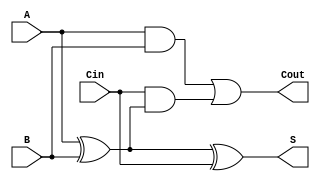
module full_adder (
    input wire A,      // First binary input
    input wire B,      // Second binary input
    input wire Cin,    // Carry-in input
    output wire S,     // Sum output
    output wire Cout    // Carry-out output
);

    // Calculate Sum (S) and Carry-out (Cout)
    assign S = A ^ B ^ Cin;  // S = A XOR B XOR Cin
    assign Cout = (A & B) | (Cin & (A ^ B)); // Cout = (A AND B) OR (Cin AND (A XOR B))

endmodule